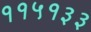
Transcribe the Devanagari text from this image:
११५१३३